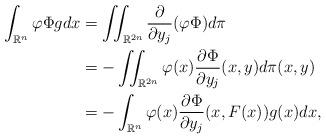
LaTeX: \begin{align*}\int_{\mathbb{R}^n}\varphi\Phi g dx &= \iint_{\mathbb{R}^{2n}}\frac{\partial}{\partial y_j}(\varphi\Phi) d\pi\\&= -\iint_{\mathbb{R}^{2n}}\varphi(x)\frac{\partial\Phi}{\partial y_j}(x,y) d\pi(x,y)\\&= -\int_{\mathbb{R}^{n}}\varphi(x)\frac{\partial\Phi}{\partial y_j}(x,F(x))g(x) dx,\end{align*}